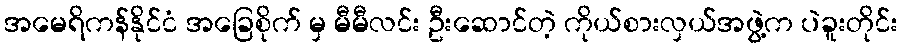
အမေရိကန်နိုင်ငံ အခြေစိုက် မှ မီမီလင်း ဦးဆောင်တဲ့ ကိုယ်စားလှယ်အဖွဲ့က ပဲခူးတိုင်း